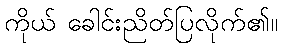
ကိုယ် ခေါင်းညိတ်ပြလိုက်၏။